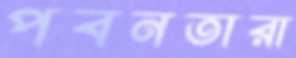
পবনতারা